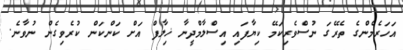
އަހަރެމެންގެ ތެރޭގަ ނުސްވެރިކަމޭ ކިޔާފައި އިސްލާމްދީނާ ޚިލާފް އަށް ކަންކަން ކުރެވިގެން ނުވާނެ.